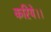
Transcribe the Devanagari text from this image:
करिये।।